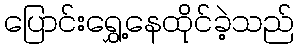
ပြောင်းရွှေ့နေထိုင်ခဲ့သည်